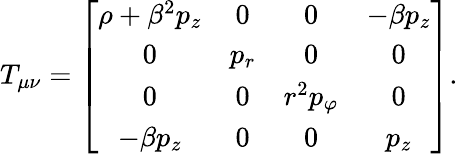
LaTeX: T_{\mu\nu}=\left[\begin{array}{cccc}{\rho+\beta^{2}p_{z}}&{0}&{0}&{-\beta p_{z}}\\ {0}&{p_{r}}&{0}&{0}\\ {0}&{0}&{r^{2}p_{\varphi}}&{0}\\ {-\beta p_{z}}&{0}&{0}&{p_{z}}\end{array}\right].